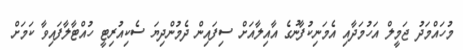
މުހައްމަދު ޖަމީލް އަހުމަދާއި އެމަނިކުފާނުގެ އާއިލާއަށް ސިފައިން ދެމުންދިޔަ ސެކިއުރިޓީ ހުއްޓާލާފައިވާ ކަމަށް